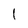
Character: l